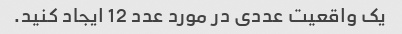
یک واقعیت عددی در مورد عدد 12 ایجاد کنید.